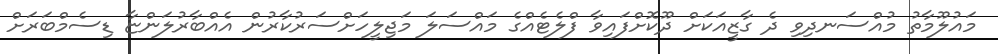
މައުލޫމާތު މުއްސަނދިވި ދެ ގާޒީއަކަށް ދޫކޮށްފައިވާ ފްލެޓެއްގެ މައްސަލަ މަޖިލީހަށްސަރުކާރުން އެއްބާރުލަންޏާ ޑިސެމްބަރަށް